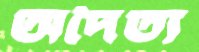
অদৈত্য